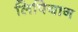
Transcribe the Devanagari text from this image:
लिपियान